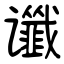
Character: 谶